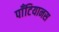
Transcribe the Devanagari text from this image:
पाँटियानस